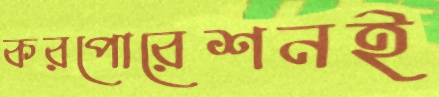
করপোরেশনই